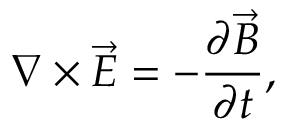
\nabla \times \vec { E } = - \frac { \partial \vec { B } } { \partial t } ,